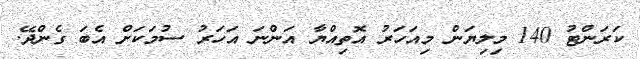
ކަރަންޓު 140 މިލިޔަން މިއަހަރު އޮތިއްޔާ އަންނަ އަހަރު ސުމަކަށް އެބަ ގެންދޭ.